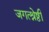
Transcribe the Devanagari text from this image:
जगत्श्रेष्ठी